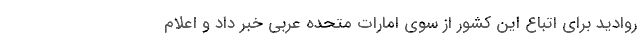
روادید برای اتباع این کشور از سوی امارات متحده عربی خبر داد و اعلام